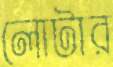
লোটার